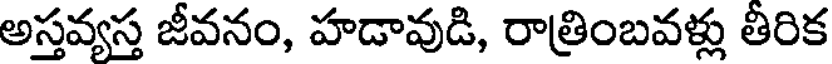
అస్తవ్యస్త జీవనం, హడావుడి, రాత్రింబవళ్లు తీరిక